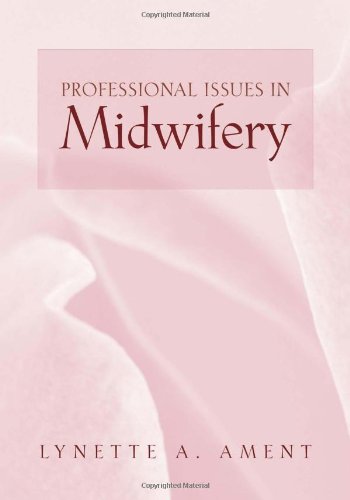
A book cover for Professional Issues In Midwifery; Lynette Hamlin; Medical Books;